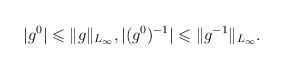
LaTeX: \begin{align*}\vert g^0\vert \leqslant \Vert g\Vert _{L_\infty},\vert (g^0)^{-1}\vert \leqslant \Vert g^{-1}\Vert _{L_\infty}.\end{align*}